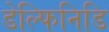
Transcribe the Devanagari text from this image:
डेल्फिनिडि